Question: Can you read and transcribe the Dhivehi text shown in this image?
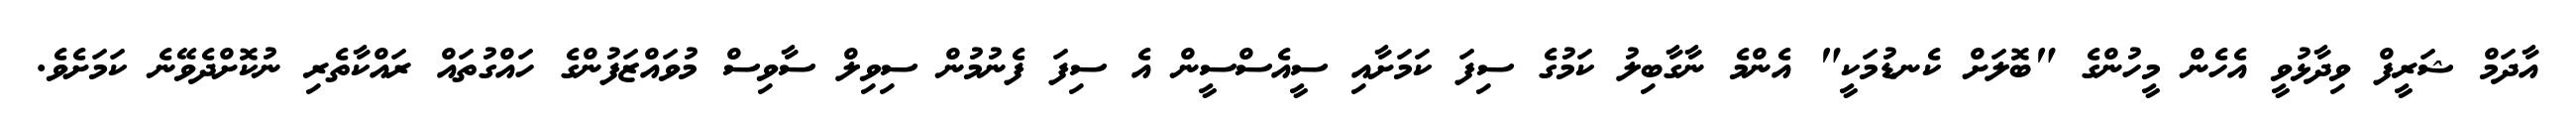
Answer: އާދަމް ޝަރީފް ވިދާޅުވީ އެހެން މީހުންގެ "ބޮލަށް ކެނޑުމަކީ" އެންމެ ނާގާބިލު ކަމުގެ ސިފަ ކަމަށާއި ސީއެސްސީން އެ ސިފަ ފެނުމުން ސިވިލް ސާވިސް މުވައްޒަފުންގެ ހައްގުތައް ރައްކާތެރި ނުކޮށްދެވޭނެ ކަމަށެވެ.